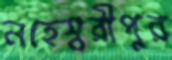
নহেশ্বরীপুর